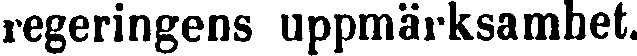
regeringens uppmärksamhet.